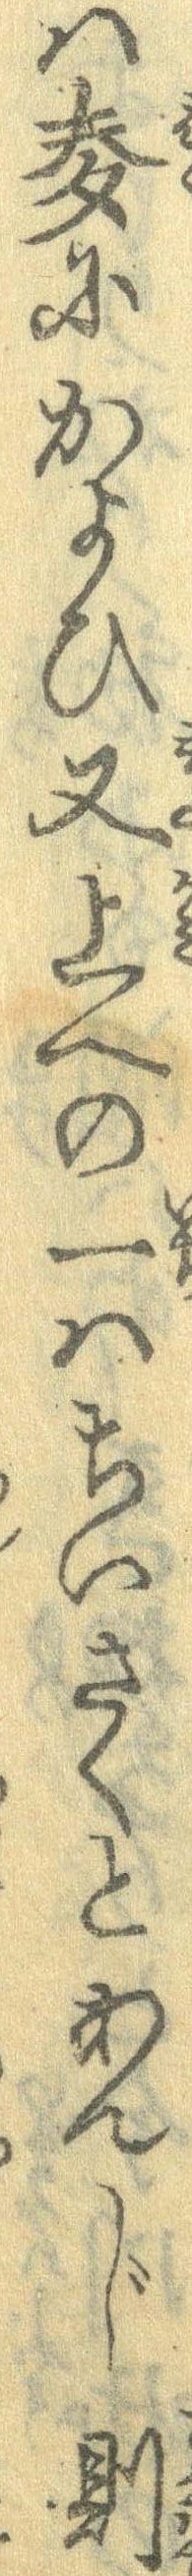
は麦にかよひ又上への一はちいさくとあんじ則